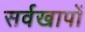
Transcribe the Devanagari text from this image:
सर्वखापों